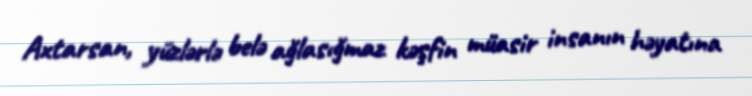
Axtarsan, yüzlərlə belə ağlasığmaz kəşfin müasir insanın həyatına